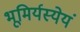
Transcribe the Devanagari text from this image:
भूमिर्यस्येयं